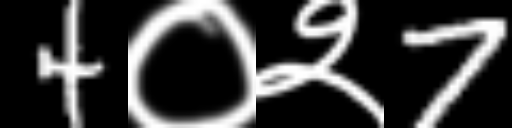
Text: 4०२7